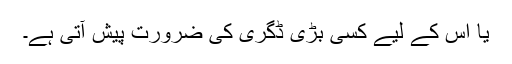
یا اس کے لیے کسی بڑی ڈگری کی ضرورت پیش آتی ہے۔